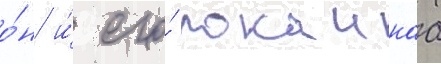
о́н и́ его́ покоинаа